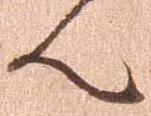
ん